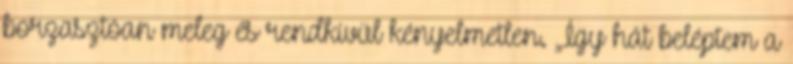
borzasztóan meleg és rendkívül kényelmetlen. „Így hát beléptem a